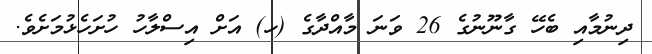
ދިނުމާއި ބެހޭ ގާނޫނުގެ 26 ވަނަ މާއްދާގެ (ހ) އަށް އިސްލާހު ހުށަހެޅުމަށެވެ.